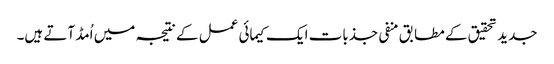
جدید تحقیق کے مطابق منفی جذبات ایک کیمائی عمل کے نتیجہ میں اُمڈ آتے ہیں۔